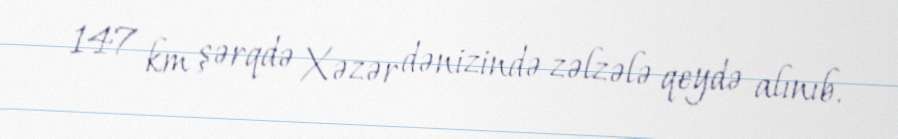
147 km şərqdə Xəzər dənizində zəlzələ qeydə alınıb.